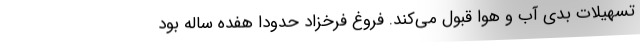
تسهیلات بدی آب و هوا قبول می‌کند. فروغ فرخزاد حدودا هفده ساله بود